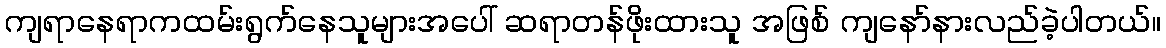
ကျရာနေရာကထမ်းရွက်နေသူများအပေါ် ဆရာတန်ဖိုးထားသူ အဖြစ် ကျနော်နားလည်ခဲ့ပါတယ်။